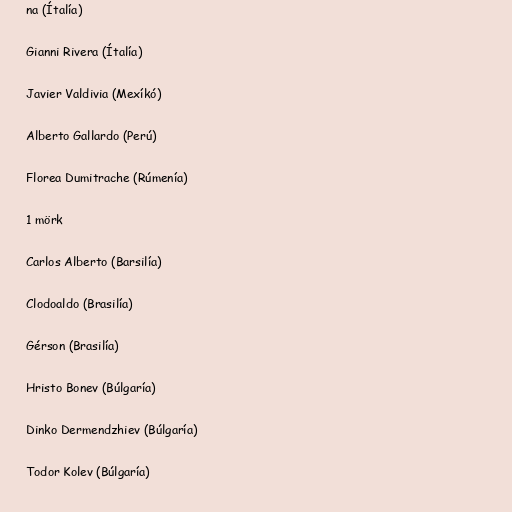
na (Ítalía)

Gianni Rivera (Ítalía)

Javier Valdivia (Mexíkó)

Alberto Gallardo (Perú)

Florea Dumitrache (Rúmenía)

1 mörk

Carlos Alberto (Barsilía)

Clodoaldo (Brasilía)

Gérson (Brasilía)

Hristo Bonev (Búlgaría)

Dinko Dermendzhiev (Búlgaría)

Todor Kolev (Búlgaría)